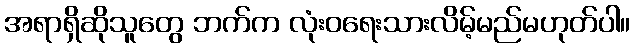
အရာရှိဆိုသူတွေ ဘက်က လုံးဝရေးသားလိမ့်မည်မဟုတ်ပါ။